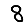
Digit: 8